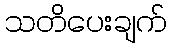
သတိပေးချက်